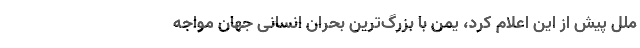
ملل پیش از این اعلام کرد، یمن با بزرگ‌ترین بحران انسانی جهان مواجه